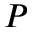
{ \cal P }